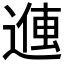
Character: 𬨽